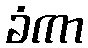
ခံကာ